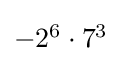
\textstyle -2^{6}\cdot 7^{3}